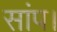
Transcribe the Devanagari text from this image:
सांप।